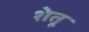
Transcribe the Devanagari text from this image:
शेतू